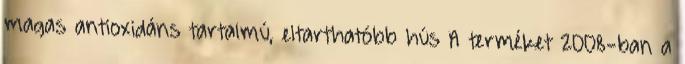
magas antioxidáns tartalmú, eltarthatóbb hús A terméket 2008-ban a